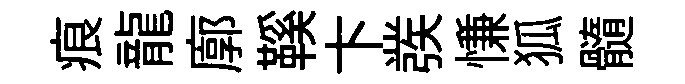
痕龍廓鞵卞彂慊狐髓